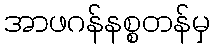
အာဖဂန်နစ္စတန်မှ